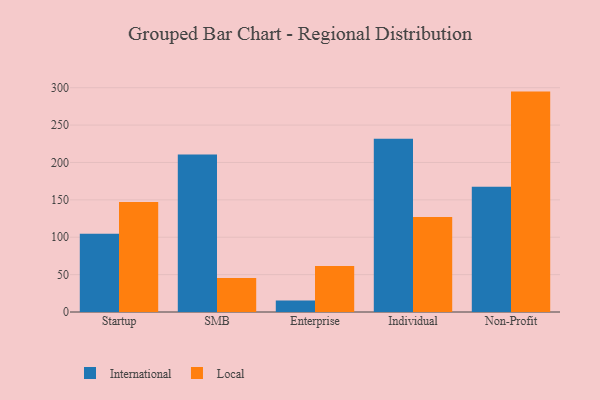
{"axis": {"x": "Segment", "y": "Demand Index"}, "legend": ["International", "Local"], "data": [{"x": "Startup", "y": 104.7, "type": "International"}, {"x": "Startup", "y": 147.2, "type": "Local"}, {"x": "SMB", "y": 210.7, "type": "International"}, {"x": "SMB", "y": 45.4, "type": "Local"}, {"x": "Enterprise", "y": 15.3, "type": "International"}, {"x": "Enterprise", "y": 61.6, "type": "Local"}, {"x": "Individual", "y": 231.8, "type": "International"}, {"x": "Individual", "y": 127.0, "type": "Local"}, {"x": "Non-Profit", "y": 167.6, "type": "International"}, {"x": "Non-Profit", "y": 294.8, "type": "Local"}]}